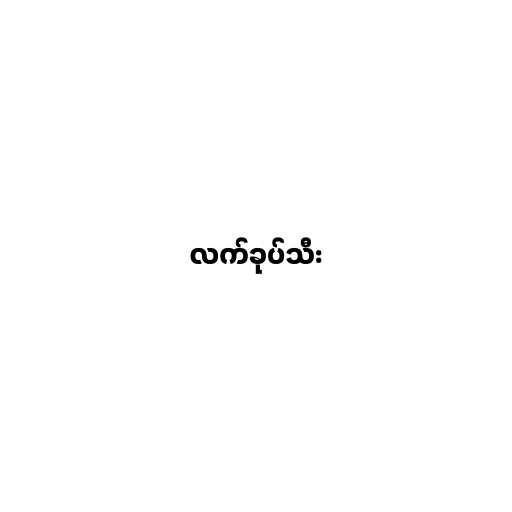
လက်ခုပ်သီး